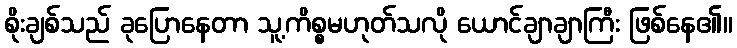
စိုးချစ်သည် ခုပြောနေတာ သူ့ကိစ္စမဟုတ်သလို ယောင်ချာချာကြီး ဖြစ်နေ၏။